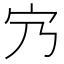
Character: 𡦺